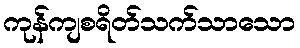
ကုန်ကျစရိတ်သက်သာသော